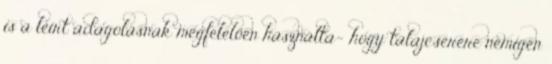
is a leírt adagolásnak megfelelően használta- ,hogy talajcserére nemigen